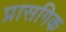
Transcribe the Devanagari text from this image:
प्रासगिक